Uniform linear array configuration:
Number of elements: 32
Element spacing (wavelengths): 0.25
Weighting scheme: blackman
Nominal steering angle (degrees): -15
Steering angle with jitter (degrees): -14.436
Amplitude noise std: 0.05
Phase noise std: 0.05

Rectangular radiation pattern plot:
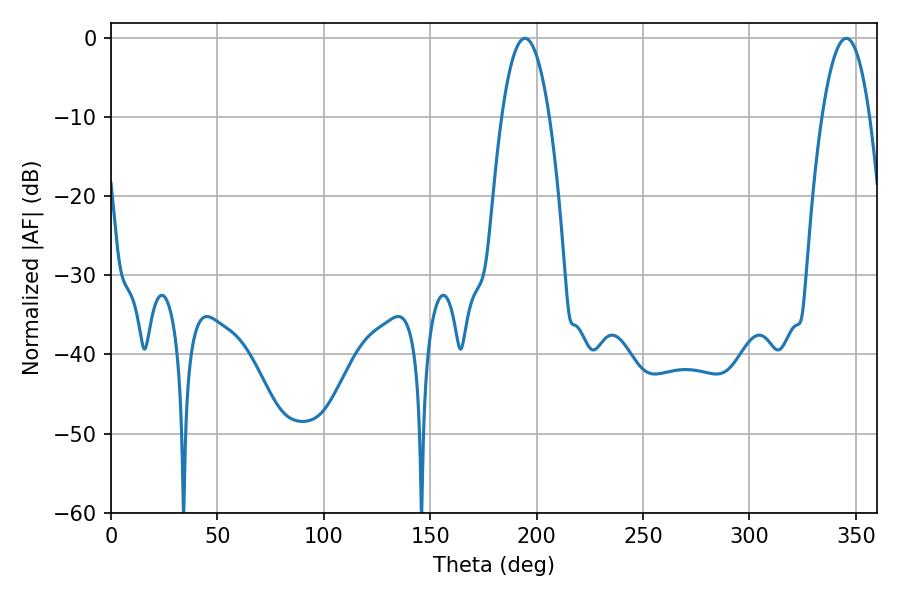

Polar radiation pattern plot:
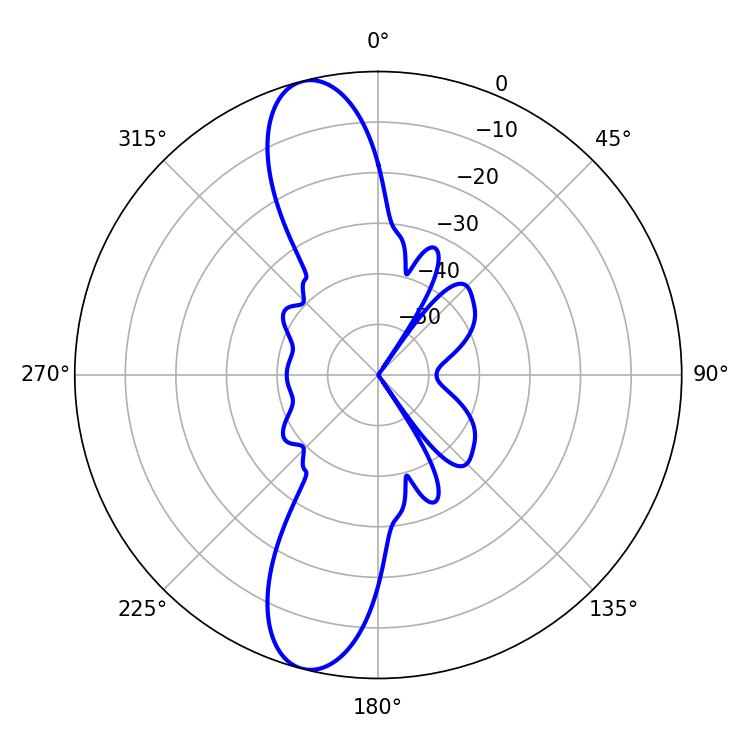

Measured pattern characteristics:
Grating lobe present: FALSE
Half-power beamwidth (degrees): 12.24
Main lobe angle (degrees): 194.58